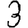
Digit: 3